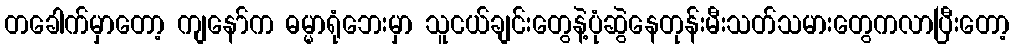
တခေါက်မှာတော့ ကျနော်က ဓမ္မာရုံဘေးမှာ သူငယ်ချင်းတွေနဲ့ပုံဆွဲနေတုန်းမီးသတ်သမားတွေကလာပြီးတော့